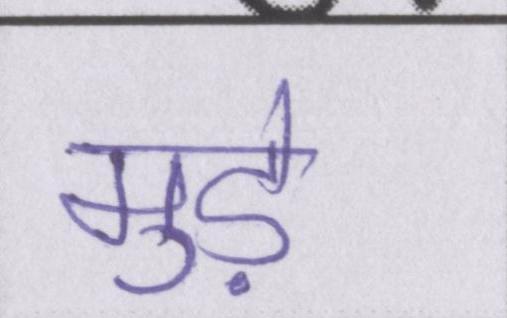
मुड़े